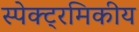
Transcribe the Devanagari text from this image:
स्पेक्ट्रमिकीय